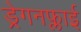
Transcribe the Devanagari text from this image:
ड्रेगनफ्लाई